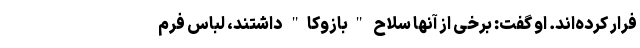
فرار کرده‌اند. او گفت: برخی از آنها سلاح "بازوکا" داشتند، لباس فرم